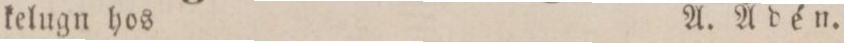
kelugn hos    A. Ådén.